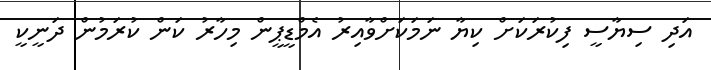
އަދި ސިޔާސީ ފިކުރަކަށް ކިޔާ ނަމަކަށްވާއިރު އެމްޑީޕީން މިހާރު ކަން ކުރަމުން ދަނީކީ